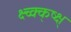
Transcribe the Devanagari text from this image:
क्ष्च्क्क्ष्क्ष्